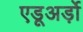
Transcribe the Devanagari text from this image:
एडूअर्ड़ो